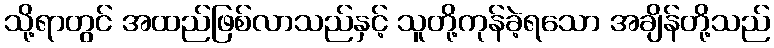
သို့ရာတွင် အထည်ဖြစ်လာသည်နှင့် သူတို့ကုန်ခဲ့ရသော အချိန်တို့သည်